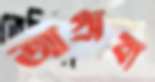
আগ্রাবা